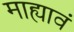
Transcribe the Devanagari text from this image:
माह्यावं